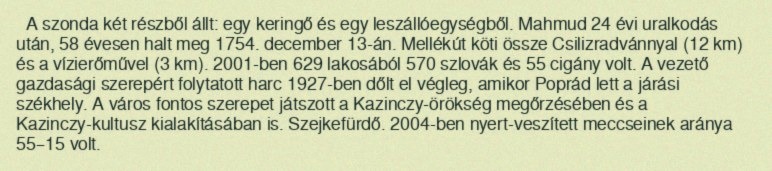
A szonda két részből állt: egy keringő és egy leszállóegységből. Mahmud 24 évi uralkodás után, 58 évesen halt meg 1754. december 13-án. Mellékút köti össze Csilizradvánnyal (12 km) és a vízierőművel (3 km). 2001-ben 629 lakosából 570 szlovák és 55 cigány volt. A vezető gazdasági szerepért folytatott harc 1927-ben dőlt el végleg, amikor Poprád lett a járási székhely. A város fontos szerepet játszott a Kazinczy-örökség megőrzésében és a Kazinczy-kultusz kialakításában is. Szejkefürdő. 2004-ben nyert-veszített meccseinek aránya 55–15 volt.